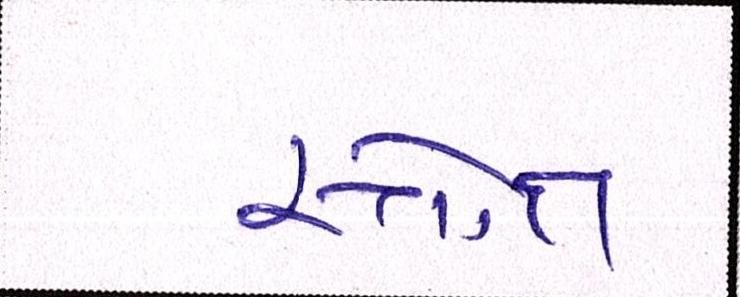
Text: સ્ત્રોત